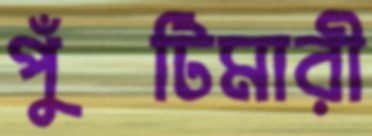
পুঁটিমারী